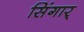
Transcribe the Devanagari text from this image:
सिंगार्